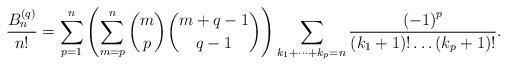
LaTeX: \begin{align*}\frac{B_{n}^{\left(q\right)}}{n!}=\sum_{p=1}^{n}\left(\sum_{m=p}^{n}\binom{m}{p}\binom{m+q-1}{q-1}\right)\sum_{k_{1}+\dots+k_{p}=n}\frac{\left(-1\right)^{p}}{\left(k_{1}+1\right)!\dots\left(k_{p}+1\right)!}.\end{align*}